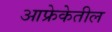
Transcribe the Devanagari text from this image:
आफ्रेकेतील